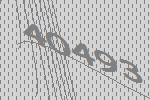
40493